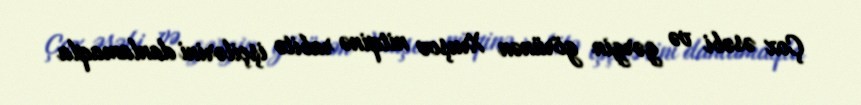
Çox əsəbi və gərgin görünən Xruşov nitqinə rabitə işçilərini danlamaqla